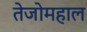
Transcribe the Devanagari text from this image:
तेजोमहाल